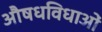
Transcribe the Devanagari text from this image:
औषधविधाओं